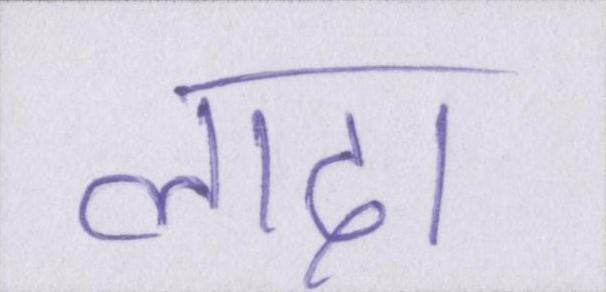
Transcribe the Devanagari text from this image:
लादा